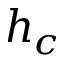
h _ { c }